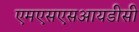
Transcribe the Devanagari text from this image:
एमएसएसआयडीसी